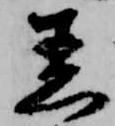
着